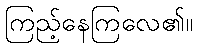
ကြည့်နေကြလေ၏။